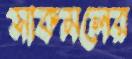
সাকমলের